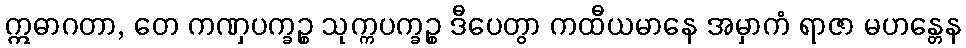
ဣဓာဂတာ, တေ ကဏှပက္ခဉ္စ သုက္ကပက္ခဉ္စ ဒီပေတွာ ကထီယမာနေ အမှာကံ ရာဇာ မဟန္တေန